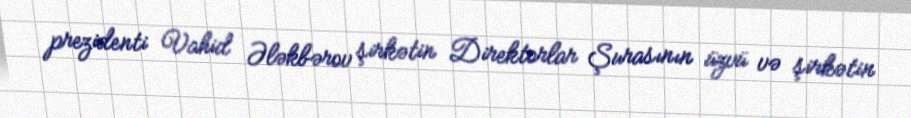
prezidenti Vahid Ələkbərov şirkətin Direktorlar Şurasının üzvü və şirkətin